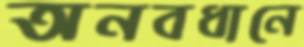
অনবধানে